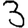
Digit: 3